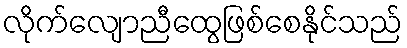
လိုက်လျောညီထွေဖြစ်စေနိုင်သည်